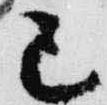
巳